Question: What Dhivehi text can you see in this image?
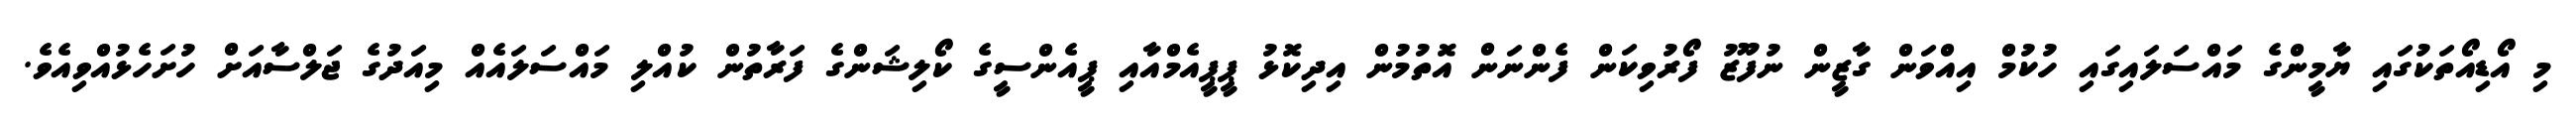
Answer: މި އޯޑިއޯތަކުގައި ޔާމީންގެ މައްސަލައިގައި ހުކުމް އިއްވަން ގާޒީން ނުފޫޒު ފޯރުވިކަން ފެންނަން އޮތުމުން އިދިކޮޅު ޕީޕީއެމްއާއި ޕީއެންސީގެ ކޯލިޝަންގެ ފަރާތުން ކުއްލި މައްސަލައެއް މިއަދުގެ ޖަލްސާއަށް ހުށަހެޅުއްވިއެވެ.